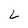
Character: L